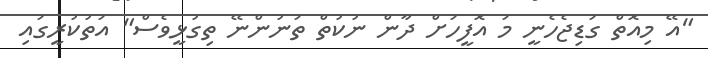
"އޭ މިއޮތް ގަޑިޖެހެނީ މަ އޮފީހަށް ދާން ނުކުތް ތަނުންނޭ ތިގުޅީވެސް" އަތުކުރީގައި